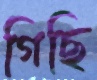
গিছি